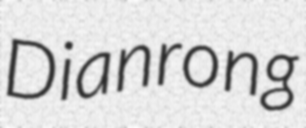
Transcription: Dianrong